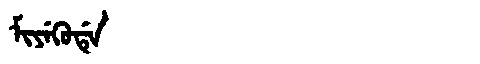
Manchu: ᠮᡳᠶᡝᡴᡠᡩᡝ
Romanization: MIYEKUDE